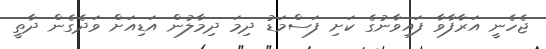
ޖެހެނީ އަރާފާވާ ފައިވާނުގެ ކަށި ފަސްމަޑު ދިމަ ދިމާލުން އަޑިއަށް ވަދެގެން ދާތީ